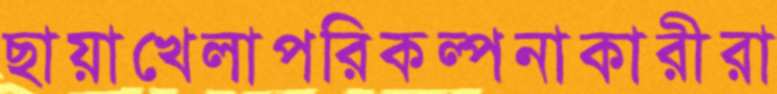
ছায়াখেলাপরিকল্পনাকারীরা